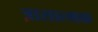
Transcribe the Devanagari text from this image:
त्रासात्मक